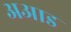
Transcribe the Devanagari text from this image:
अआड